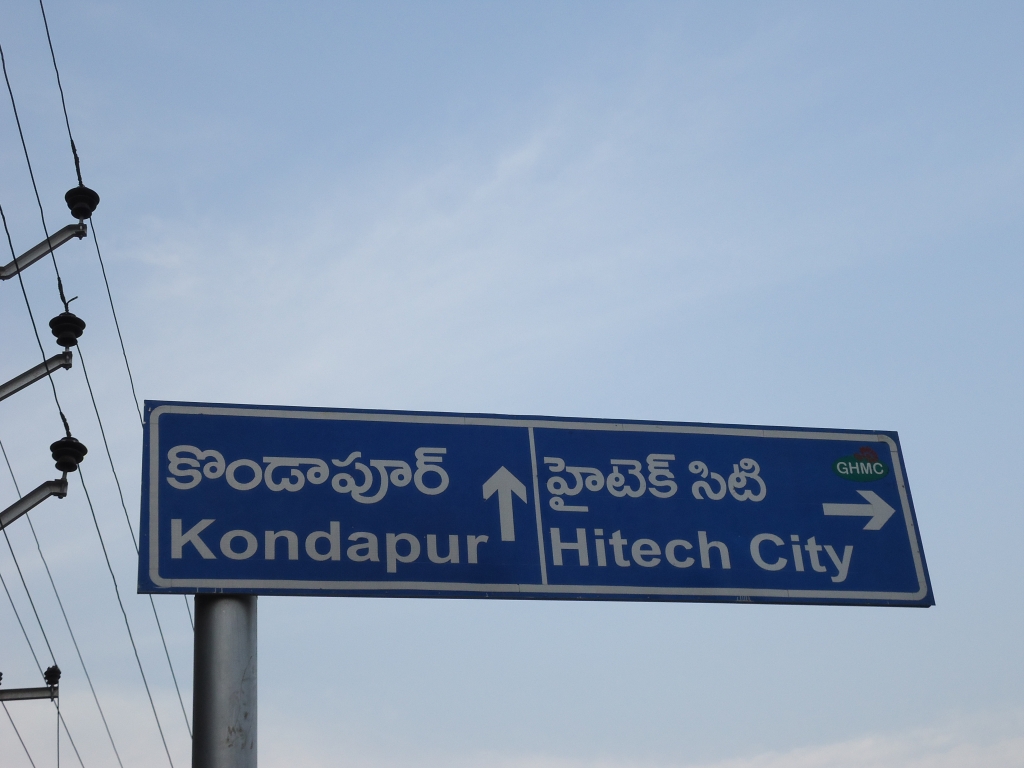
Language: telugu
Transcription: హైటెక్ సిటి కొండాపూర్